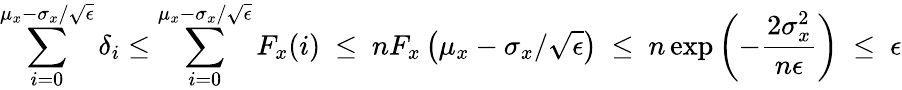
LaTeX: \sum_{i=0}^{\mu_{x}-\sigma_{x}/\sqrt{\epsilon}}\delta_{i}\leq\sum_{i=0}^{\mu_{x}-\sigma_{x}/\sqrt{\epsilon}}F_{x}(i)\ \leq\ nF_{x}\left(\mu_{x}-\sigma_{x}/\sqrt{\epsilon}\right)\ \leq\ n\exp\left(-\frac{2\sigma_{x}^{2}}{n\epsilon}\right)\ \leq\ \epsilon